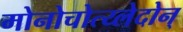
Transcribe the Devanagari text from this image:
मोनोचोत्य्लेदोन्